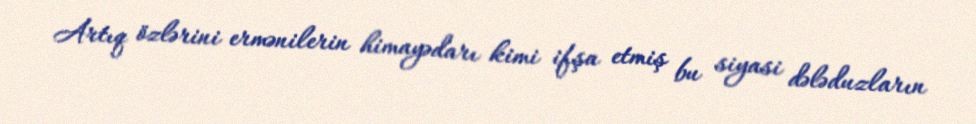
Artıq özlərini ermənilerin himayədarı kimi ifşa etmiş bu siyasi dələduzların